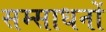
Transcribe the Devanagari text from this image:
सम्साधनों